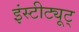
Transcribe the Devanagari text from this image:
इंस्टीट्यूट्